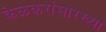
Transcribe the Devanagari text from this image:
केळकरांसारख्या